Leningradi_Edasi_toimetus, lk 61
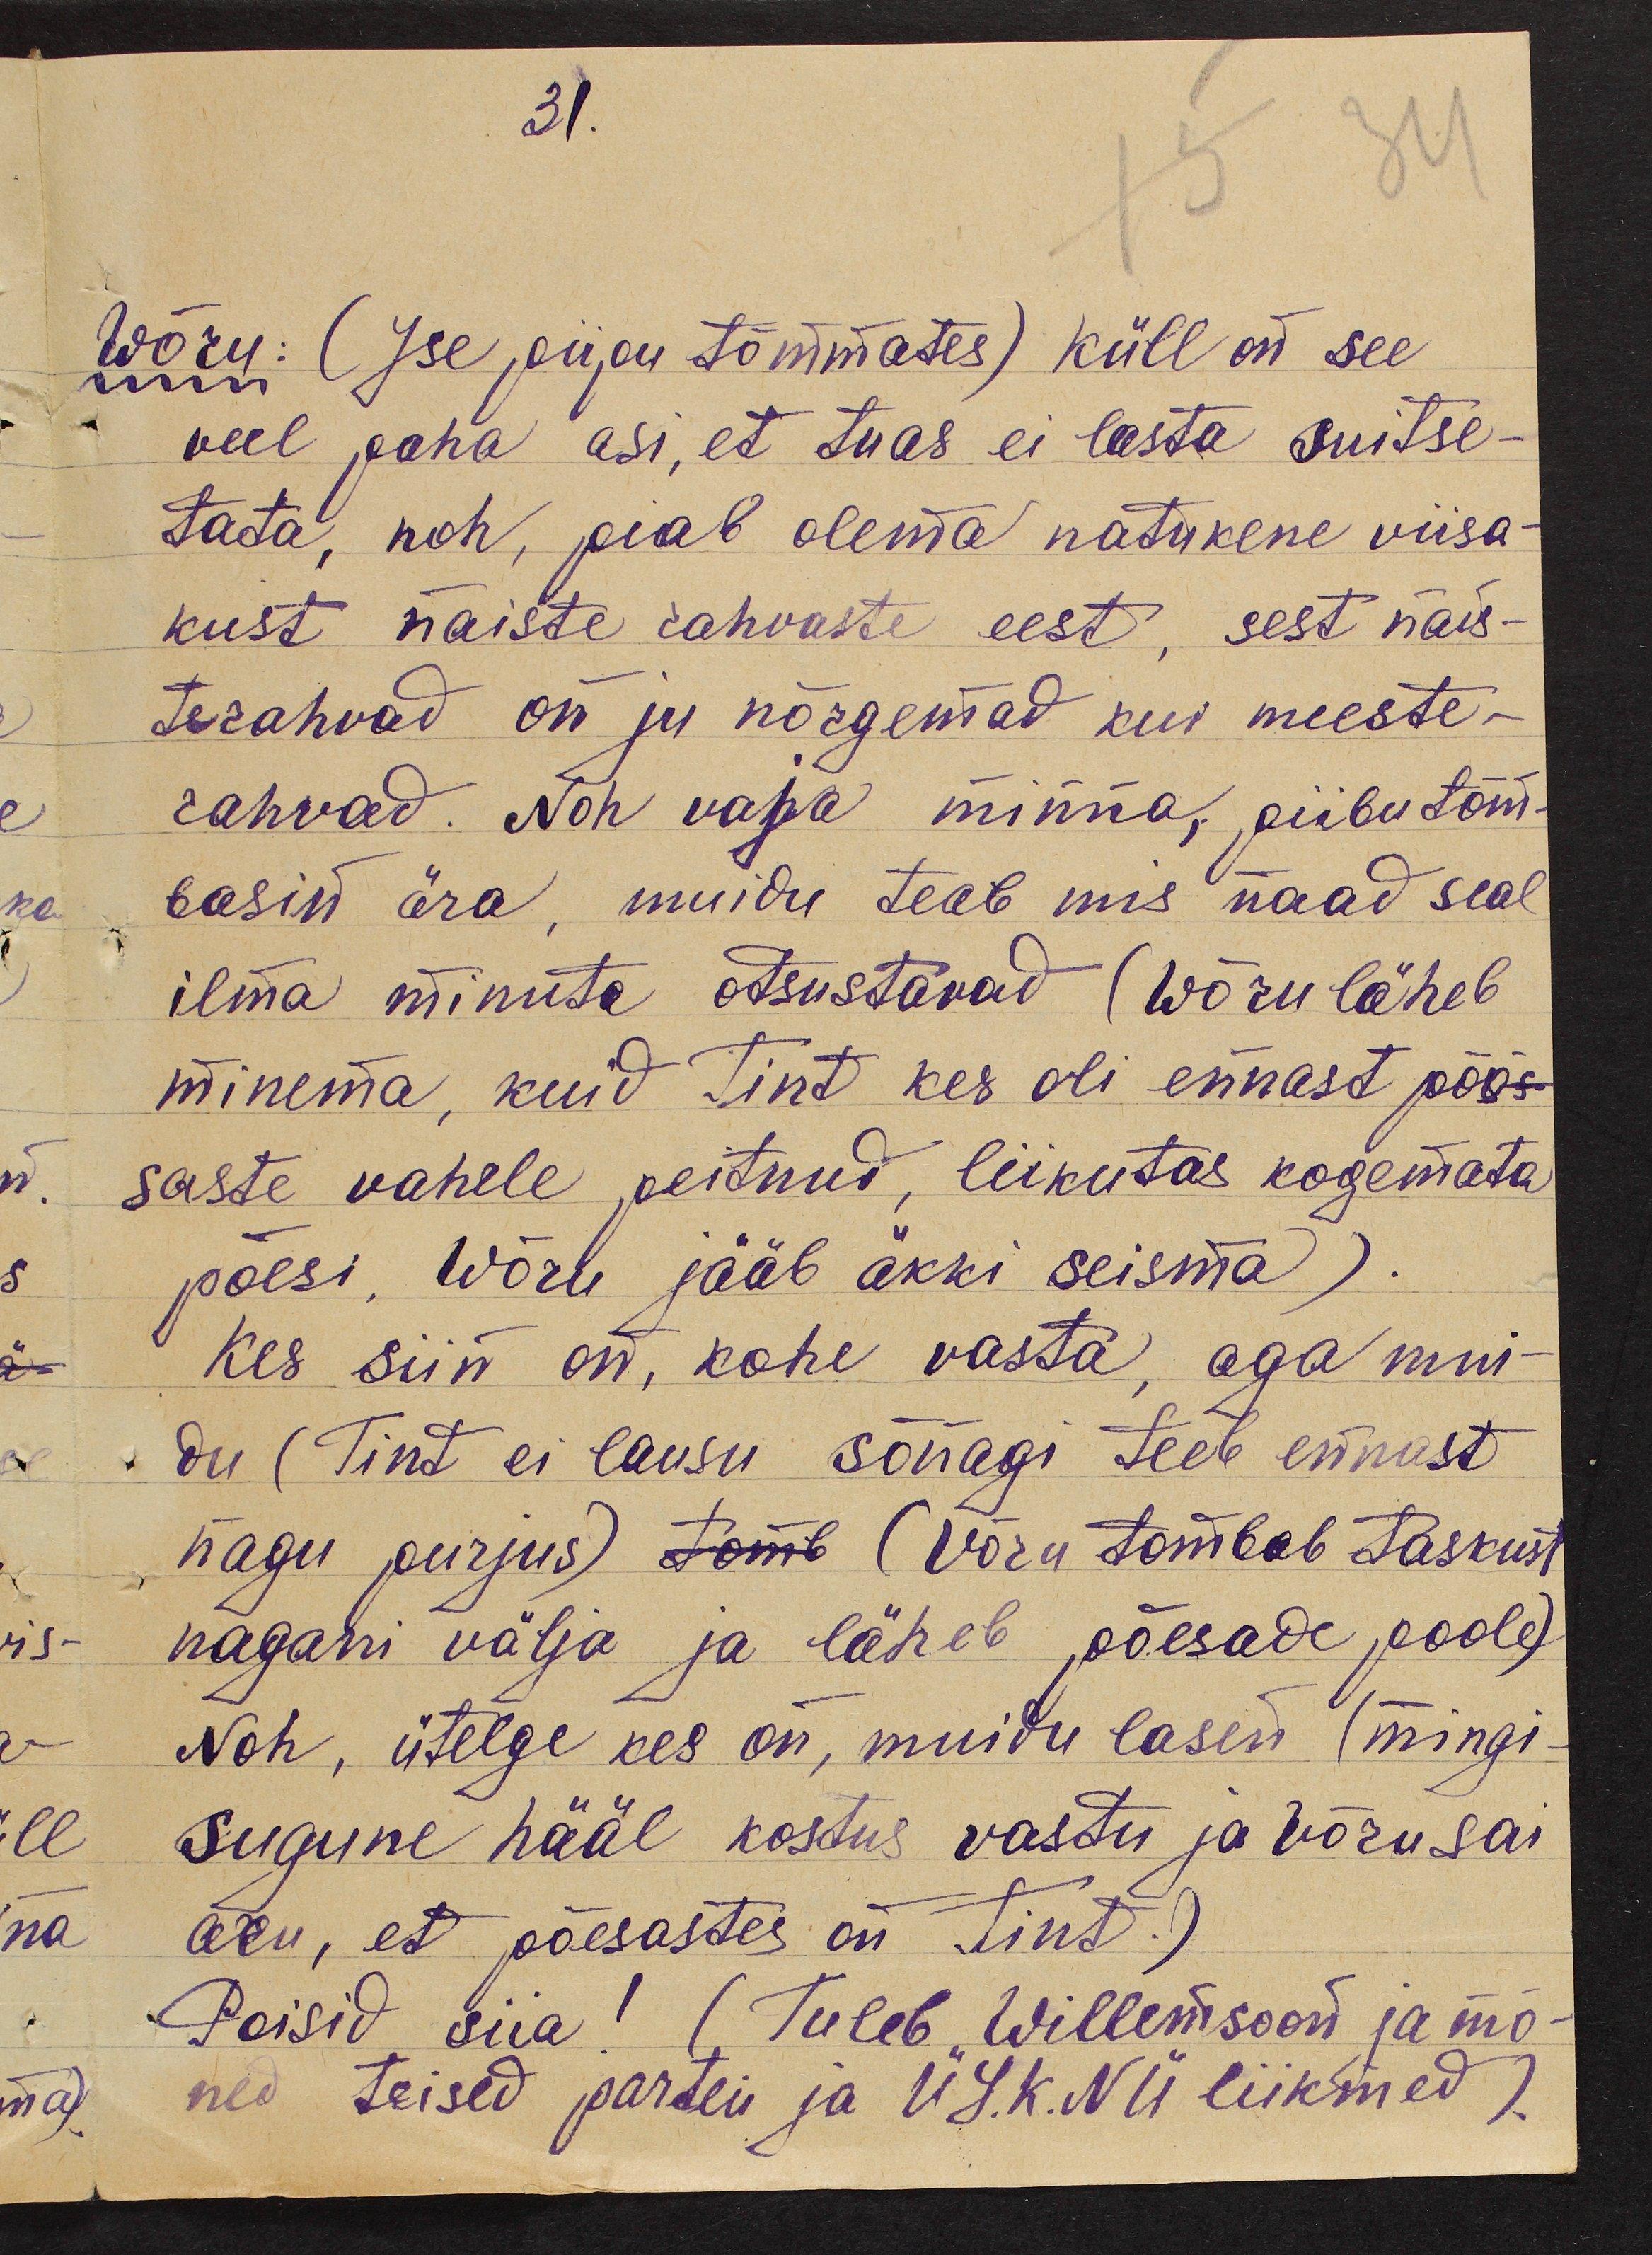
31.

Wõru: (Ise piipu tõmmates) küll on see
veel paha asi, et tuas ei lasta suitse-
tata, noh, peab olema natukene viisa-
kust naiste rahvaste eest, sest nais-
terahvad on ju nõrgemad kui meeste-
rahvad. Noh vaja minna, piibu tõm-
basin ära, muidu teab mis naad seal
ilma minuta otsustavad (Wõru läheb
minema, kuid Tint kes oli ennast põõs-
saste vahele peitnud, liikutas kogemata
põesi, Wõru jääb äkki seisma).
Kes siin on, kohe vasta, aga mui-
du (Tint ei lausu sõnagi teeb ennast
nagu purjus) tõmb (Võru tõmbab taskust
nagani välja ja läheb põesade poole)
Noh, ütelge kes on, muidu lasen (mingi-
sugune hääl kostus vastu ja Võru sai
aru, et põesastes on Tint.)
Poisid siia! (Tuleb Willemsoon ja mõ-
ned teised partei ja ÜG.K. NÜ liikmed).